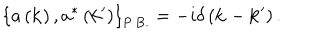
LaTeX: \left\{ a \left( { \bf k } \right) , a ^ { \ast } \left( { \bf k ^ { \prime } } \right) \right\} _ { \mathrm { P . B . } } = - i \delta \left( { \bf k } - { \bf k ^ { \prime } } \right) .